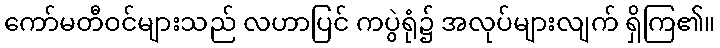
ကော်မတီဝင်များသည် လဟာပြင် ကပွဲရုံ၌ အလုပ်များလျက် ရှိကြ၏။